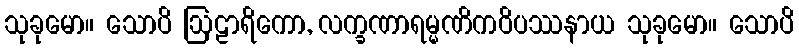
သုခုမော။ သောပိ ဩဠာရိကော, လက္ခဏာရမ္မဏိကဝိပဿနာယ သုခုမော။ သောပိ